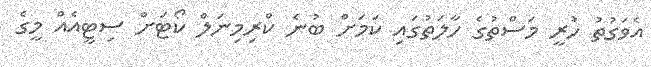
އެވަގުތު ހުރީ މަސްތުގެ ހާލަތުގައި ކަމަށް ބުނެ ކްރިމިނަލް ކޯޓަށް ސިޓީއެއް މީގެ